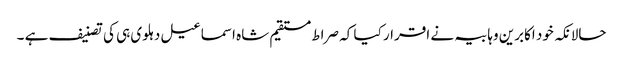
حالانکہ خود اکابرین وہابیہ نے اقرار کیا کہ صراط مستقیم شاہ اسماعیل دہلوی ہی کی تصنیف ہے ۔